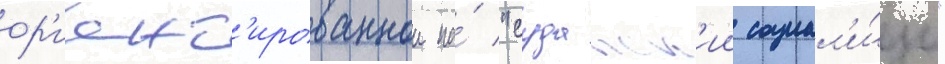
ор'иент'ированнои на́ "суданск'ии социал'и́зм"